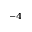
^ { - 4 }